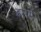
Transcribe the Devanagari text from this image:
इसमेें